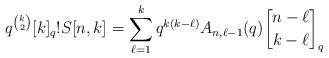
LaTeX: \begin{align*} q^{\binom{k}{2}}[k]_q!S[n,k] = \sum_{\ell=1}^kq^{k(k-\ell)}A_{n,\ell-1}(q){n-\ell \brack k-\ell}_{q}\end{align*}